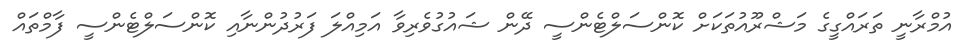
އުމްރާނީ ތަރައްގީގެ މަޝްރޫއުތަކަށް ކޮންސަލްޓެންސީ ދޭން ޝައުގުވެރިވާ އަމިއްލަ ފަރުދުންނާއި ކޮންސަލްޓެންސީ ފާމްތަައް